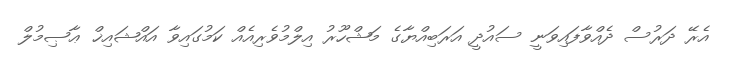
އެރޭ ދަރުސް ދެއްވާފައިވަނީ ސައުދީ އަރަބިއްޔާގެ މަޝްހޫރު އިލްމުވެރިއެއް ކަމުގައިވާ އައްޝައިޚް ޢާޞިމުލް